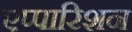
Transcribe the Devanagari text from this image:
एप्पारिशन